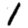
Digit: 1